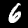
Label: 6